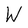
Character: W